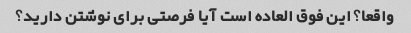
واقعا؟ این فوق العاده است آیا فرصتی برای نوشتن دارید؟